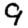
Digit: 9